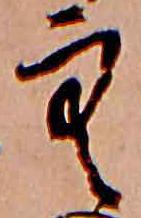
空